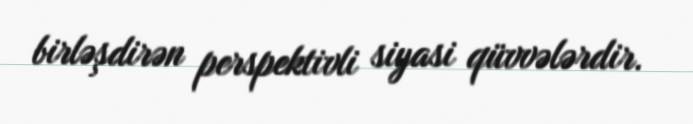
birləşdirən perspektivli siyasi qüvvələrdir.